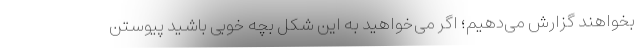
بخواهند گزارش می‌دهیم؛ اگر می‌خواهید به این شکل بچه خوبی باشید پیوستن